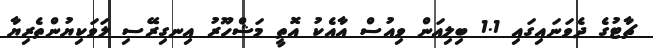
ޗާޓުގެ ދެވަނައިގައި 1.1 ބިލިއަން ވިއުސް އާއެކު އޮތީ މަޝްހޫރު އިނގިރޭސި ލަވަކިޔުންތެރިޔާ